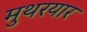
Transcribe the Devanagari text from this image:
मुथरयार